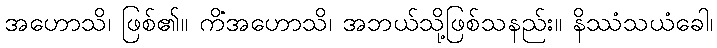
အဟောသိ၊ ဖြစ်၏။ ကိံအဟောသိ၊ အဘယ်သို့ဖြစ်သနည်း။ နိဿံသယံခေါ၊